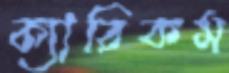
ক্যারিকম